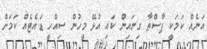
އަނެއް ކަމަކީ ޕާސްތާ ގިނައިން ކައި އުޅޭ މީހުން ސިއްހީ ޑައެޓެއް ކަމަށް